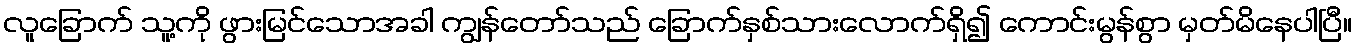
လူခြောက် သူ့ကို ဖွားမြင်သောအခါ ကျွန်တော်သည် ခြောက်နှစ်သားလောက်ရှိ၍ ကောင်းမွန်စွာ မှတ်မိနေပါပြီ။